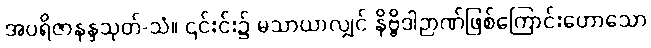
အပရိဇာနန္ဒသုတ်-သံ။ ၎င်းင်း၌ မသာယာလျှင် နိဗ္ဗိဒါဉာဏ်ဖြစ်ကြောင်းဟောသော